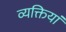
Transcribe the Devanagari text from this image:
व्यक्तियां